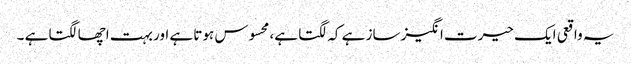
یہ واقعی ایک حیرت انگیز ساز ہے کہ لگتا ہے، محسوس ہوتا ہے اور بہت اچھا لگتا ہے ۔